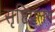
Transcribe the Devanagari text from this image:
सृष्टिप्रलय